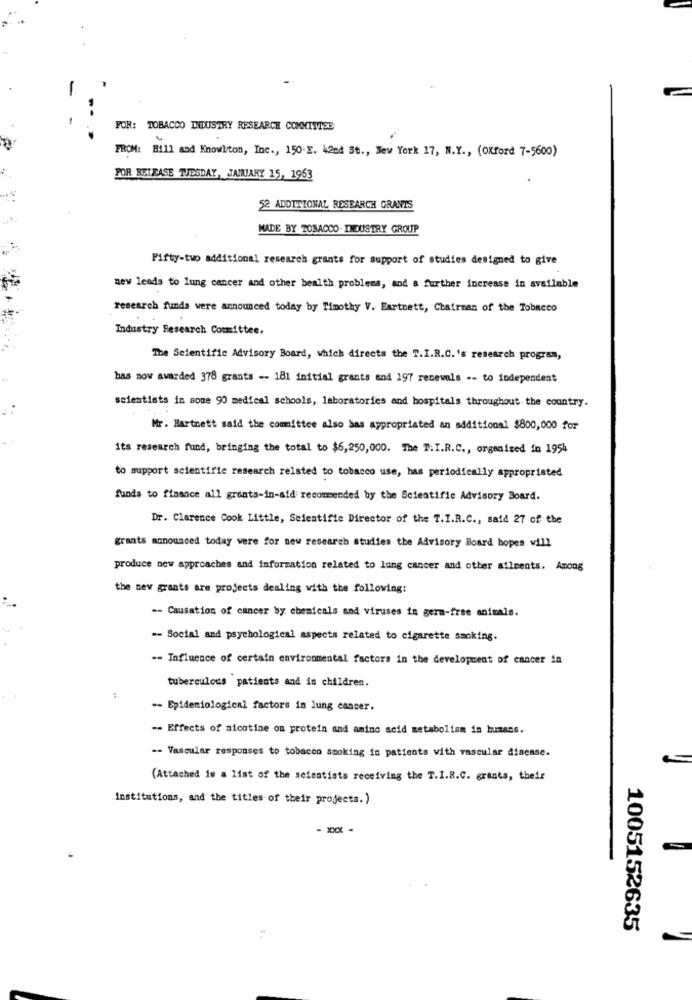
FOR: TOBACCO INDUSTRY RESEARCH COMMITTEE
FROM: Will and Knowlton, Inc ., 150.E. k2nd St ., New York 17, N.Y ., (Oxford 7-5600)
POR RELEASE TUESDAY, JANUARY 15, 1963
52 ADDITIONAL RESEARCH GRANTS
MADE BY TOBACCO. IMUSTRY GROUP
Fifty-two additional research grants for support of studies designed to give
new leads to lung cancer and other health problems, and & further increase in available
research funds were announced today by Timothy V. Eartnett, Chairman of the Tobacco
Industry Research Committee.
The Scientific Advisory Board, which directs the T.I.R.C.'s research program,
has now awarded 378 grants -- 181 initial grants and 197 renewals -- to independent
scientists in some 90 medical schools, laboratories and hospitals throughout the country.
Mr. Hartnett said the committee also bas appropriated an additional $800,000 for
its research fund, bringing the total to $6,250,000. The T.I.R.C ., organized in 1954
to support scientific research related to tobacco use, bas periodically appropriated
funds to finance all grants-in-aid recommended by the Scientific Advisory Board.
Dr. Clarence Cook Little, Seicatific Director of the T.I.R.C ., said 27 of the
grants announced today were for new research studies the Advisory Board hopes will
produce new approaches and information related to lung cancer and other ailments. Among
the new grants are projects dealing with the following:
-- Causation of cancer by chemicals and viruses in germ-free animals.
=- Social and psychological aspects related to cigarette smoking.
-- Influence of certain environmental factors in the development of cancer in
tuberculous patients and in children.
:
-- Epidemiological factors in lung cancer.
-- Effects of nicotine on protein and amino acid metabolism in humans.
-- Vascular responses to tobacco smoking in patients with vascular disease.
(Attached is a list of the scientists receiving the T.I.R.C. grants, their
institutions, and the titles of their projects.)
1005152635